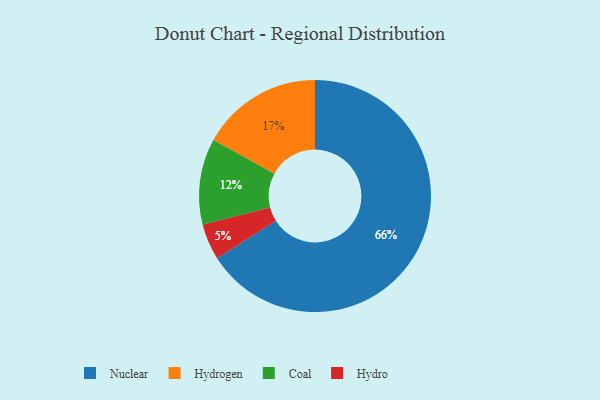
{"axis": {"x": "Category", "y": "Percentage"}, "legend": ["Coal", "Hydro", "Hydrogen", "Nuclear"], "data": [{"x": "Nuclear", "y": 66, "type": "Nuclear"}, {"x": "Hydrogen", "y": 17, "type": "Hydrogen"}, {"x": "Coal", "y": 12, "type": "Coal"}, {"x": "Hydro", "y": 5, "type": "Hydro"}]}